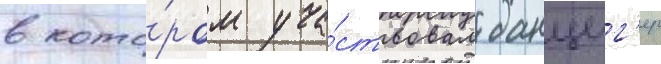
в кото́ром уча́ствовал данциг'ер